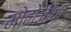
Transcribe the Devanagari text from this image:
मोटोजीपी